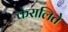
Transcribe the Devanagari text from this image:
केरालिते